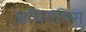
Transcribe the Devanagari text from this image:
अचिरांथिस